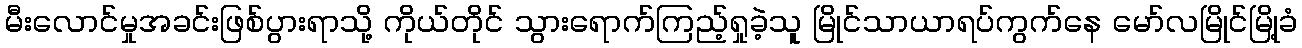
မီးလောင်မှုအခင်းဖြစ်ပွားရာသို့ ကိုယ်တိုင် သွားရောက်ကြည့်ရှုခဲ့သူ မြိုင်သာယာရပ်ကွက်နေ မော်လမြိုင်မြို့ခံ